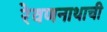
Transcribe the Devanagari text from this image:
रेवणनाथाची